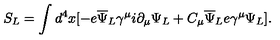
S _ { L } = \int d ^ { 4 } x [ - e { \overline { \Psi } } _ { L } \gamma ^ { \mu } i \partial _ { \mu } \Psi _ { L } + C _ { \mu } { \overline { \Psi } } _ { L } e \gamma ^ { \mu } \Psi _ { L } ] .